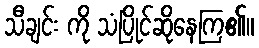
သီချင်း ကို သံပြိုင်ဆိုနေကြ၏။